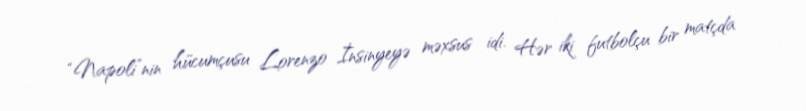
“Napoli”nin hücumçusu Lorenzo İnsinyeyə məxsus idi. Hər iki futbolçu bir matçda